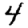
Digit: 4